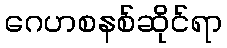
ဂေဟစနစ်ဆိုင်ရာ